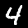
Digit: 4